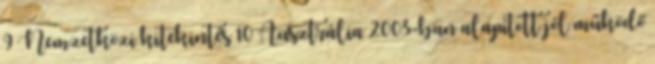
9 Nemzetközi kitekintés 10 Ausztrália 2003-ban alapított jól működő